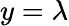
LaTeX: y=\lambda